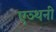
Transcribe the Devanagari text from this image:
एञ्थनी